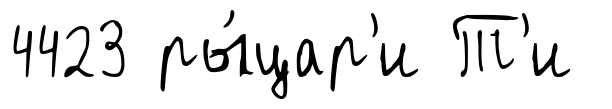
4423 ры́цар'и Т'и